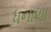
ધનાળા